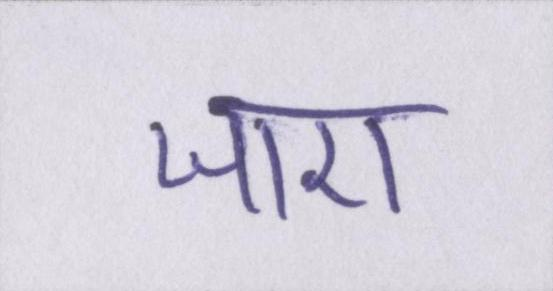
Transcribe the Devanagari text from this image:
जाए